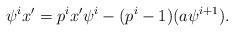
LaTeX: \begin{align*}\psi^{i} x' = p^i x' \psi^{i} -(p^{i} - 1)(a \psi^{i+1}). \end{align*}